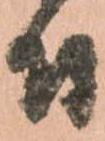
付